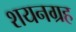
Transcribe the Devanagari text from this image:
शयनग्रह